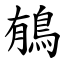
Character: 䳑